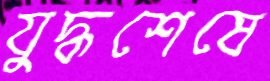
যুদ্ধশেষে